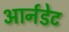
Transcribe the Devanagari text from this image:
आर्नडेट